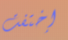
إختفت